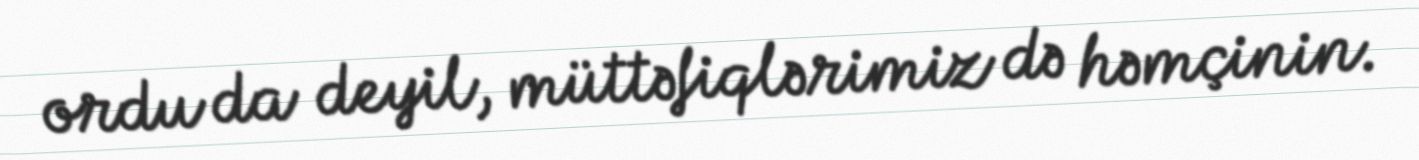
ordu da deyil, müttəfiqlərimiz də həmçinin.